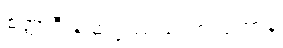
စတ္တာရီသဆဗ္ဗဿသတာယုကာနံ